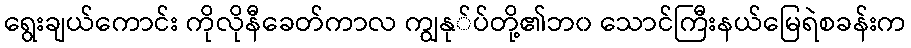
ရွေးချယ်ကောင်း ကိုလိုနီခေတ်ကာလ ကျွနု်ပ်တို့၏ဘ၀ သောင်ကြီးနယ်မြေရဲစခန်းက